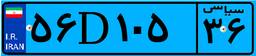
۱۰D۸۲۶۲۶